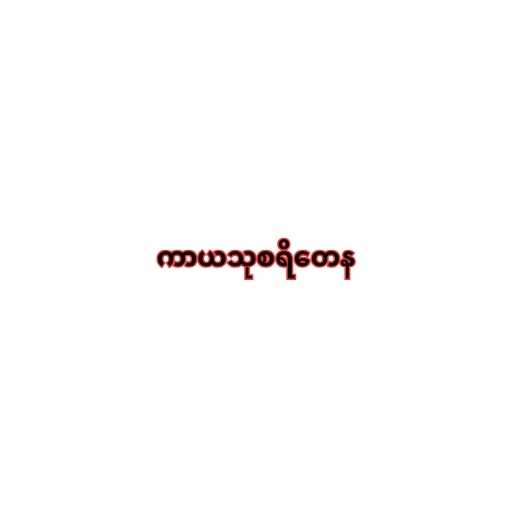
ကာယသုစရိတေန